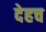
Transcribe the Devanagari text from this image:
देहच